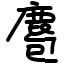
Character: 麅